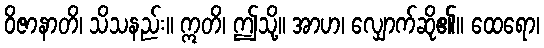
ဝိဇာနာတိ၊ သိသနည်း။ ဣတိ၊ ဤသို့။ အာဟ၊ လျှောက်ဆို၏။ ထေရော၊